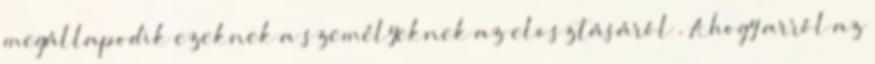
megállapodik ezeknek a személyeknek az elosztásáról”. Ahogy arról az